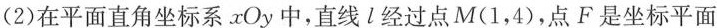
(2)在平面直角坐标系xOy中，直线l经过点M(1，4)，点F是坐标平面